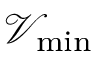
\mathcal { V } _ { \mathrm { m i n } }